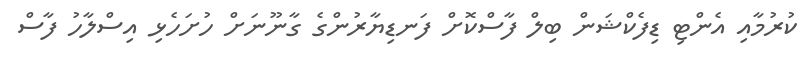
ކުރުމާއި އެންޓި ޑިފެކްޝަން ބިލް ފާސްކޮށް ފަނޑިޔާރުންގެ ގާނޫނަށް ހުށަހެޅި އިސްލާހު ފާސް